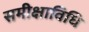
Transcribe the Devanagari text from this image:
समीक्षाविधि